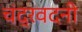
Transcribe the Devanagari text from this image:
चंद्रवदनी